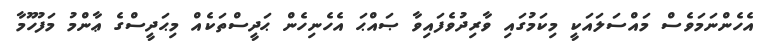
އެހެންނަމަވެސް މައްސަލައަކީ މިކަމުގައި ވާރިދުވެފައިވާ ޞައްޙަ އެހެނިހެން ޙަދީސްތަކެއް މިޙަދީސްގެ ޢާންމު މަފުހޫމާ